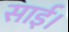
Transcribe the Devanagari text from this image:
साई।